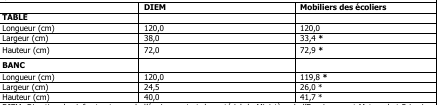
<table><thead><tr><td></td><td><b>DIEM</b></td><td><b>Mobiliers des écoliers</b></td></tr></thead><tbody><tr><td><b>TABLE</b></td><td></td><td></td></tr><tr><td>Longueur (cm)</td><td>120,0</td><td>120,0</td></tr><tr><td>Largeur (cm)</td><td>38,0</td><td>33,4*</td></tr><tr><td>Hauteur (cm)</td><td>72,0</td><td>72,9*</td></tr><tr><td><b>BANC</b></td><td></td><td></td></tr><tr><td>Longueur (cm)</td><td>120,0</td><td>119,8*</td></tr><tr><td>Largeur (cm)</td><td>24,5</td><td>26,0*</td></tr><tr><td>Hauteur (cm)</td><td>40,0</td><td>41,7*</td></tr></tbody></table>